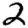
Digit: 2